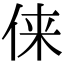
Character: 俫